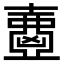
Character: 𡕂